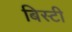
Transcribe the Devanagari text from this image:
बिस्टी